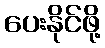
ပေးနိုင်ဖို့